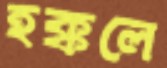
হক্কলে